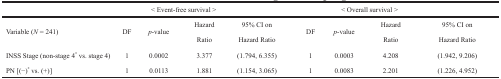
|  |  | <COLSPAN=2> < Event-free survival > |  |  | <COLSPAN=2> < Overall survival > |  |
 | --- | --- | --- | --- | --- | --- | --- | --- | --- |
 | <ROWSPAN=2> Variable (N = 241) | <ROWSPAN=2> DF | <ROWSPAN=2> p-value | Hazard | 95% CI on | <ROWSPAN=2> DF | <ROWSPAN=2> p-value | Hazard | 95% CI on |
 | Ratio | Hazard Ratio | Ratio | Hazard Ratio |
 | INSS Stage (non-stage 4* vs. stage 4) | 1 | 0.0002 | 3.377 | (1.794, 6.355) | 1 | 0.0003 | 4.208 | (1.942, 9.206) |
 | PN [(−)* vs. (+)] | 1 | 0.0113 | 1.881 | (1.154, 3.065) | 1 | 0.0083 | 2.201 | (1.226, 4.952) |